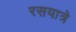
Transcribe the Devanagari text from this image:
रसयात्रे